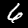
Label: 6